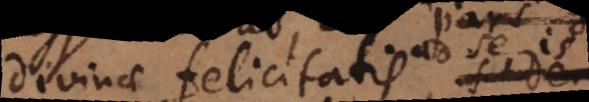
alienae felicitati